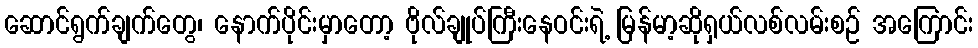
ဆောင်ရွက်ချက်တွေ၊ နောက်ပိုင်းမှာတော့ ဗိုလ်ချုပ်ကြီးနေဝင်းရဲ့ မြန်မာ့ဆိုရှယ်လစ်လမ်းစဉ် အကြောင်း